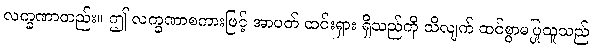
လက္ခဏာတည်း။ ဤ လက္ခဏာစကားဖြင့် အာပတ် ထင်းရှား ရှိသည်ကို သိလျက် ထင်စွာမပြုသူသည်